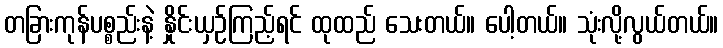
တခြားကုန်ပစ္စည်းနဲ့ နှိုင်းယှဉ်ကြည့်ရင် ထုထည် သေးတယ်။ ပေါ့တယ်။ သုံးလို့လွယ်တယ်။